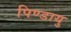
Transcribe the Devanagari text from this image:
पिण्डायु